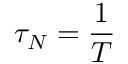
\tau _ { N } = \frac { 1 } { T }